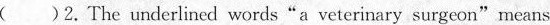
( )2.The underlined words "a veterinary surgeon"means